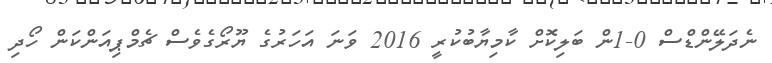
ނެދަލޭންޑްސް 0-1ން ބަލިކޮށް ކާމިޔާބުކުރީ 2016 ވަނަ އަހަރުގެ ޔޫރޯގެވެސް ޗެމްޕިއަންކަން ހޯދި